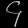
Digit: ၄